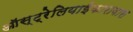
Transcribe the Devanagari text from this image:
ऑस्ट्रेलियाईकारावास